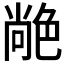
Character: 𦫢